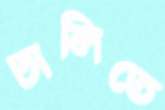
ঢালিতে